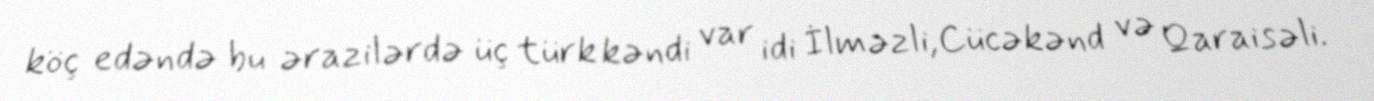
köç edəndə bu ərazilərdə üç türk kəndi var idi İlməzli,Cücəkənd və Qaraisəli.